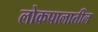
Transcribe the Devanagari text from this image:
लोकपालातील